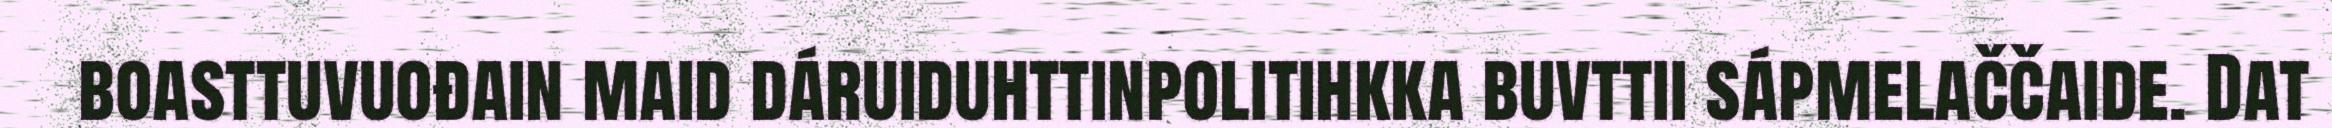
boasttuvuođain maid dáruiduhttinpolitihkka buvttii sápmelaččaide. Dat